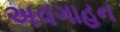
અવગાહન